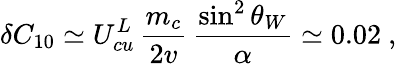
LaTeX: \delta C_{10}\simeq U_{cu}^{L}\, \frac{m_{c}}{2v}\, \frac{\sin^{2}\theta_{W}}{\alpha}\simeq 0.02~,